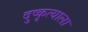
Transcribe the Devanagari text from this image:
दुष्कृत्याला